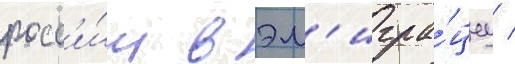
росс'и́и в эм'игра́циу /